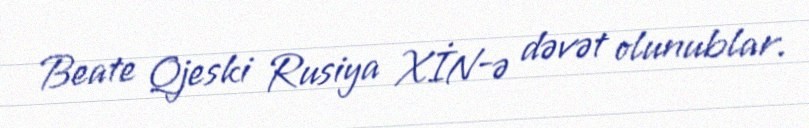
Beate Qjeski Rusiya XİN-ə dəvət olunublar.